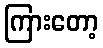
ကြားတော့